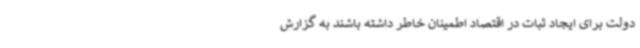
دولت برای ایجاد ثبات در اقتصاد اطمینان خاطر داشته باشند به گزارش